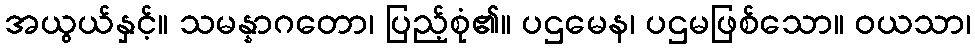
အယွယ်နှင့်။ သမန္နာဂတော၊ ပြည့်စုံ၏။ ပဌမေန၊ ပဌမဖြစ်သော။ ဝယသာ၊